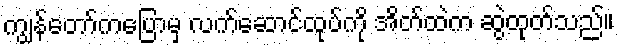
ကျွန်တော်ကပြောမှ လက်ဆောင်ထုပ်ကို အိတ်ထဲက ဆွဲထုတ်သည်။